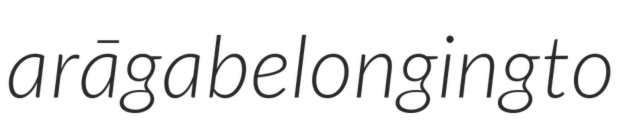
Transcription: a rāga belonging to